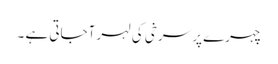
چہرے پر سرخی کی لہر آجاتی ہے ۔